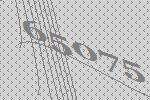
65075